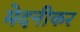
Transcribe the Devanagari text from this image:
मेदनीकर